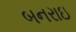
બનરાઇ